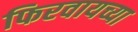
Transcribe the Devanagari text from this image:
फिरवायच्या